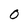
Character: 0